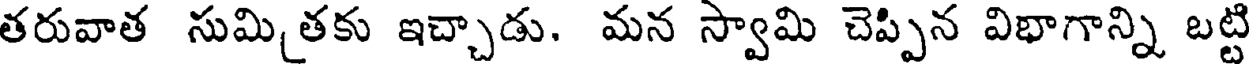
తరువాత సుమితకు ఇచ్చాడు. మన స్వామి చెప్పిన విభాగాన్ని బట్టి